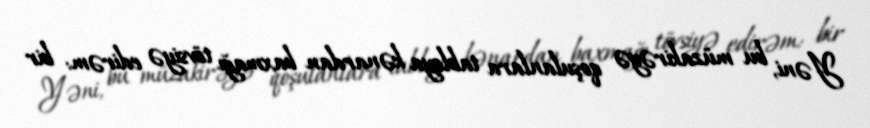
Yəni, bu müzakirəyə qoşulanlara tabloya kənardan baxmağı tövsiyə edirəm: bir